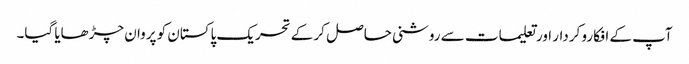
آپ کے افکارو کردار اور تعلیمات سے روشنی حاصل کر کے تحریک پاکستان کو پروان چڑھایا گیا۔